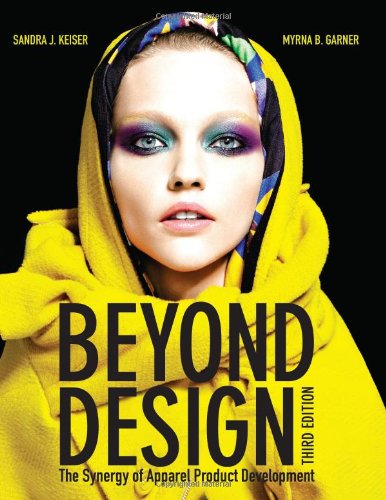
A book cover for Beyond Design: The Synergy of Apparel Product Development; Myrna B. Garner; Arts & Photography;